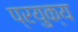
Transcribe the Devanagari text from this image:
प्रयुक्य